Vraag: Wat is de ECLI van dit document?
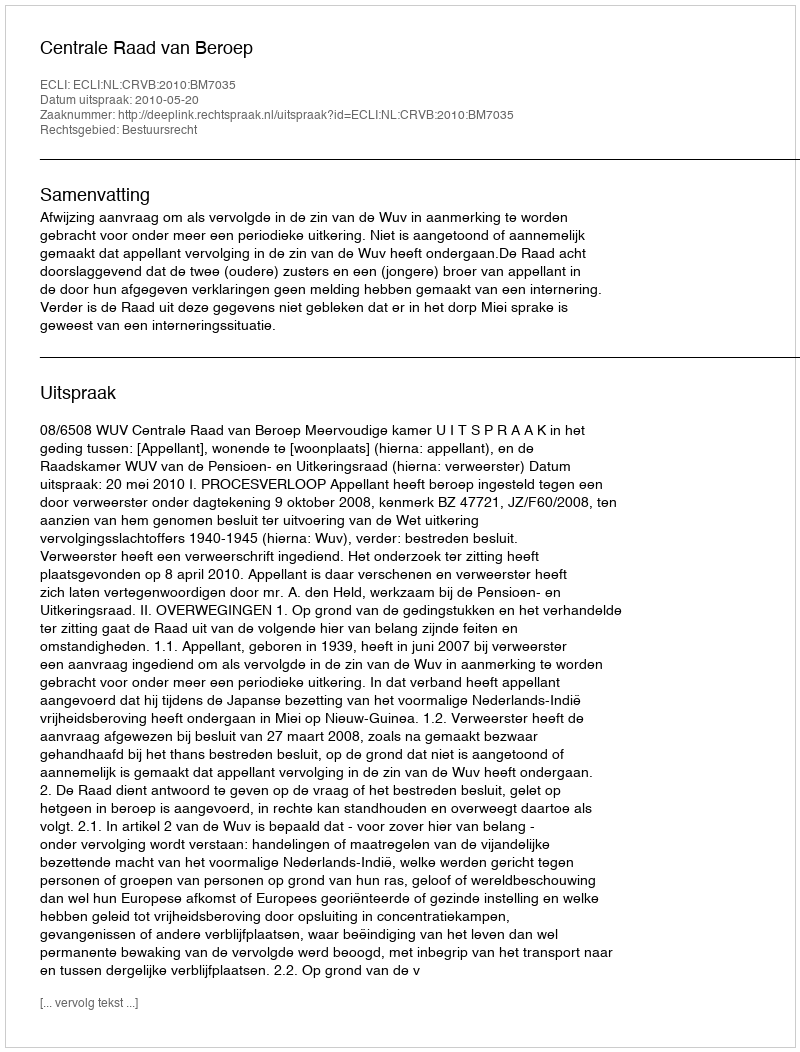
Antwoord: ECLI:NL:CRVB:2010:BM7035